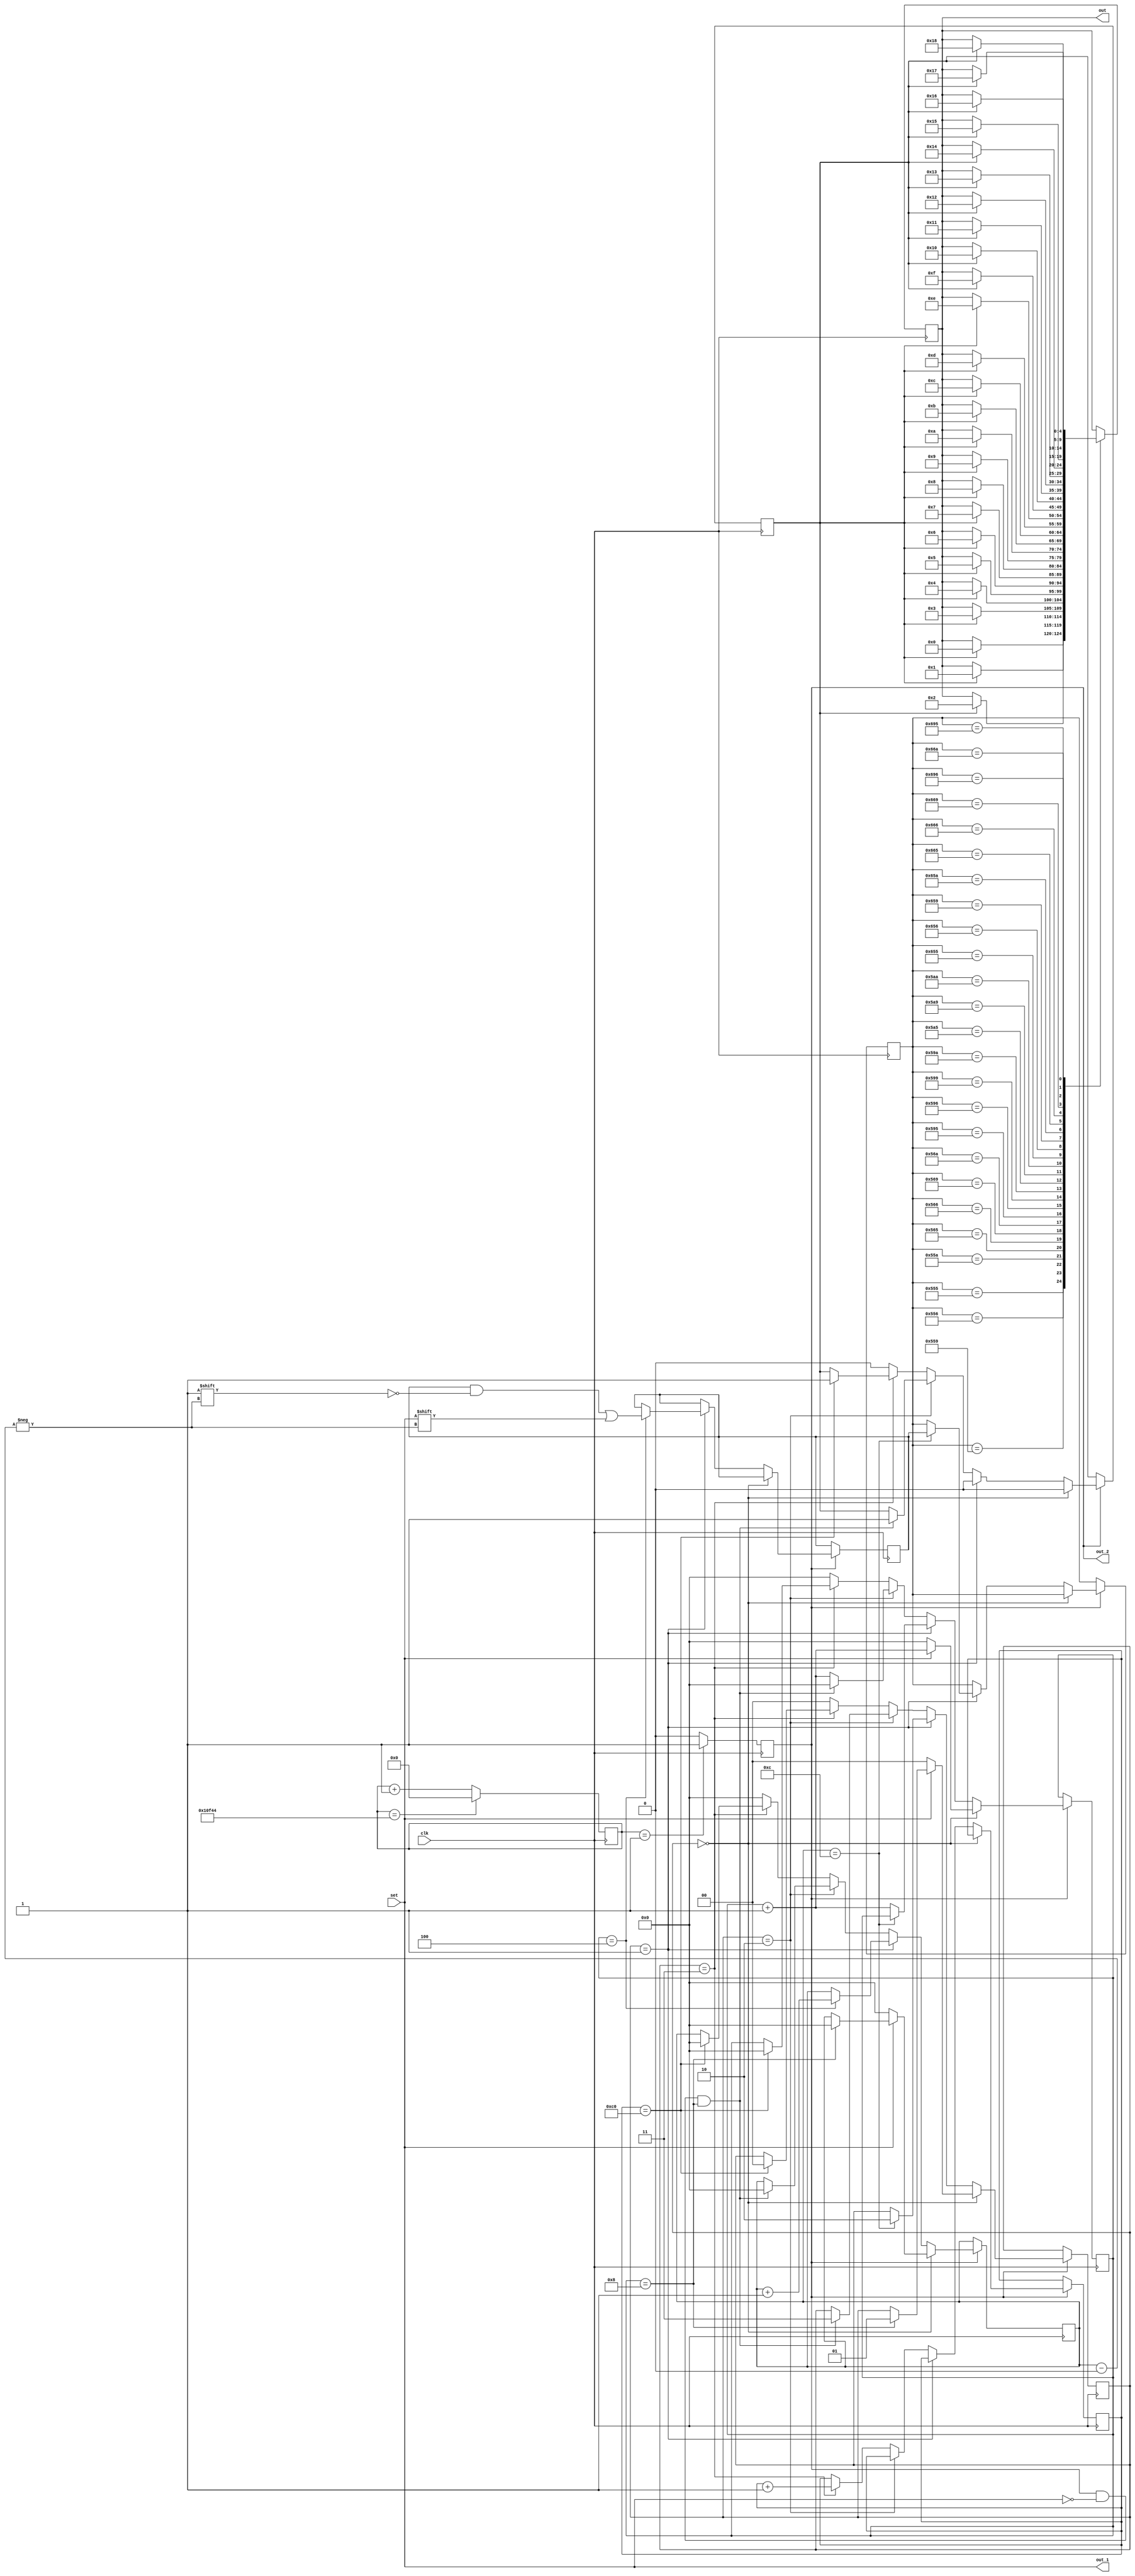
//recieve data in FM from 9.5Hz to 4Hz 

module UC_rx(clk,out,set,out_1,out_2);

input clk;	//clk 40MHz
input set;
output[4:0]out;	//D5-D1
//reg[4:0] out;

reg [4:0]Dout=5'd25;
output out_1,out_2;

reg rx_clk;	//clk for recieve data(about 76Hz=13ms), data send at 4Hz=9.6 of rx_clk

reg[19:0] rx_clk_cnt;

assign out=Dout[4:0];
assign out_1=set;
assign out_2=rx_clk;

reg[11:0] data;	//data receive
reg[4:0] data_cnt;
reg[4:0] cnt;
reg [1:0]RX_state=2'd0;
reg [3:0]position_rx=4'd0;
reg [11:0]search=0;
reg ready;
reg [3:0]count=4'd0;

reg [9:0]count_stste=10'd0;


always@(posedge clk)
begin
	//out[4]=set;
	
	rx_clk_cnt<=(rx_clk_cnt==20'd69444)?20'd0:rx_clk_cnt+20'd1;
	rx_clk<=(rx_clk_cnt==20'd1)?1'b1:1'b0;
	
	
	if(rx_clk==1'd1)begin
///////////////////////////////////	
		if(RX_state==2'd0)begin
			ready<=1'd0;
			if(set==1'd1)begin
				count<=count+4'd1;
				if(count==4'd8)begin
					RX_state<=2'd1;
					position_rx<=4'd0;
				end
			end
			else begin
				count<=4'd0;
				position_rx<=4'd0;
				RX_state<=2'd0;
			end
				
		end
//////////////////////////////		
		else if(RX_state==2'd1)
		begin
			ready<=1'd0;
			count<=count+4'd1;
			if(count==4'd4)begin
				position_rx<=position_rx+4'd1;
				search[position_rx]<=set;
			end
			
			/*if ((search[position_rx]==search[position_rx-4'd1])&&(search[position_rx-4'd1]==search[position_rx-4'd2]))
			begin
				count<=4'd0;
				RX_state<=2'd0;
				position_rx<=4'd0;
				ready<=1'd0;
			end
			
			else
			begin*/
				if(position_rx==4'd12)
				begin
					RX_state<=2'd2;
					data<=search;
					count<=count;
				end
//			end
			
			
		end
//////////////////////////////
		else if(RX_state==2'd2)
		begin
		count<=count+4'd1;
			if(rx_clk==1'd1&&set==1'd0&&count==4'd8)
			begin
				ready<=1'd1;
				position_rx<=4'd0;
				RX_state<=2'd3;
				count<=4'd0;
			end
			
		end
/////////////////////////////////
		else if(RX_state==2'd3)
		begin
			count_stste<=count_stste+5'd1;
			
			if(count_stste==10'd192)
			begin
				ready<=1'd1;
				position_rx<=4'd0;
				RX_state<=2'd0;
				count<=4'd0;
			end
		
		end
		
////////////////////////////////
		else 
		begin
			count<=4'd0;
			RX_state<=2'd0;
			position_rx<=4'd0;
			ready<=1'd0;
		end
	end
	
	case(data)
		12'b010101010101:begin  Dout[4:0]<=(ready)?5'd0:Dout[4:0]; end			//30kHz
		12'b010101010110:begin  Dout[4:0]<=(ready)?5'd1:Dout[4:0]; end			//30.5kHz
		12'b010101011001:begin  Dout[4:0]<=(ready)?5'd2:Dout[4:0]; end			//31kHz
		12'b010101011010:begin  Dout[4:0]<=(ready)?5'd3:Dout[4:0]; end			//31.5kHz
		12'b010101100101:begin  Dout[4:0]<=(ready)?5'd4:Dout[4:0]; end			//32kHz
		12'b010101100110:begin  Dout[4:0]<=(ready)?5'd5:Dout[4:0]; end			//32.5kHz
		12'b010101101001:begin  Dout[4:0]<=(ready)?5'd6:Dout[4:0]; end			//33kHz
		12'b010101101010:begin  Dout[4:0]<=(ready)?5'd7:Dout[4:0]; end			//33.5kHz
		12'b010110010101:begin  Dout[4:0]<=(ready)?5'd8:Dout[4:0]; end			//34kHz
		12'b010110010110:begin  Dout[4:0]<=(ready)?5'd9:Dout[4:0]; end			//34.5kHz
		12'b010110011001:begin  Dout[4:0]<=(ready)?5'd10:Dout[4:0]; end		//35kHz
		12'b010110011010:begin  Dout[4:0]<=(ready)?5'd11:Dout[4:0]; end		//35.5kHz
		12'b010110100101:begin  Dout[4:0]<=(ready)?5'd12:Dout[4:0]; end		//36kHz
		12'b010110101001:begin  Dout[4:0]<=(ready)?5'd13:Dout[4:0]; end		//36.5kHz
		12'b010110101010:begin  Dout[4:0]<=(ready)?5'd14:Dout[4:0]; end		//37kHz
		12'b011001010101:begin  Dout[4:0]<=(ready)?5'd15:Dout[4:0]; end		//37.5kHz
		12'b011001010110:begin  Dout[4:0]<=(ready)?5'd16:Dout[4:0]; end		//38kHz
		12'b011001011001:begin  Dout[4:0]<=(ready)?5'd17:Dout[4:0]; end		//38.5kHz
		12'b011001011010:begin  Dout[4:0]<=(ready)?5'd18:Dout[4:0]; end		//39kHz
		12'b011001100101:begin  Dout[4:0]<=(ready)?5'd19:Dout[4:0]; end		//39.5kHz
		12'b011001100110:begin  Dout[4:0]<=(ready)?5'd20:Dout[4:0]; end		//40kHz
		12'b011001101001:begin  Dout[4:0]<=(ready)?5'd21:Dout[4:0]; end		//RUN
		12'b011001101010:begin  Dout[4:0]<=(ready)?5'd22:Dout[4:0]; end		//STOP
		12'b011010010101:begin  Dout[4:0]<=(ready)?5'd23:Dout[4:0]; end		//SWEEP
		12'b011010010110:begin  Dout[4:0]<=(ready)?5'd24:Dout[4:0]; end		//LOCK
	default:	begin  Dout[4:0]<=Dout[4:0]; end
	endcase
		
	
		 
end 	



endmodule